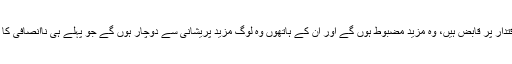
جو لوگ اقتدار پر قابض ہیں، وہ مزید مضبوط ہوں گے اور اُن کے ہاتھوں وہ لوگ مزید پریشانی سے دوچار ہوں گے جو پہلے ہی ناانصافی کا شکار ہیں۔